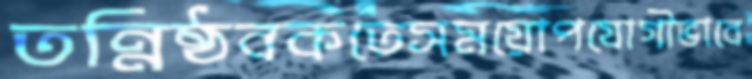
তন্নিষ্ঠবকতেসময়োপযোগীভাবে